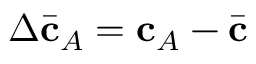
\Delta \bar { \mathbf { c } } _ { A } = \mathbf { c } _ { A } - \bar { \mathbf { c } }